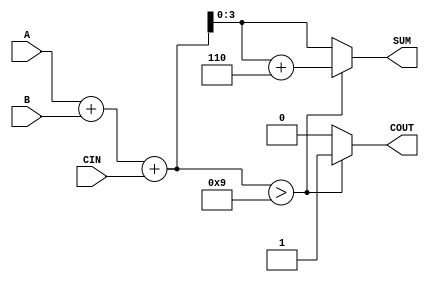
module BCD_Conditional_Adder (
    input  wire [3:0] A,       // First BCD digit input
    input  wire [3:0] B,       // Second BCD digit input
    input  wire CIN,            // Carry input
    output reg  [3:0] SUM,      // BCD result of the addition
    output reg  COUT            // Carry output
);

    // Intermediate signals
    wire [4:0] S;              // 5-bit binary sum
    wire [4:0] corrected_sum;  // Corrected sum after BCD adjustment

    // Perform binary addition
    assign S = A + B + CIN;

    // BCD correction logic
    always @(*) begin
        if (S > 9) begin
            // If the sum exceeds 9, apply correction
            SUM = S + 5'b0110; // Add 6 to correct the result
            COUT = 1'b1;       // Set carry out
        end else begin
            // If the sum is valid BCD
            SUM = S[3:0];      // Assign the lower 4 bits as the result
            COUT = 1'b0;       // No carry out
        end
    end

endmodule